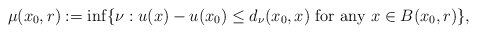
\begin{align*}\mu(x_{0},r):=\inf\{\nu: u(x)-u(x_{0})\le d_{\nu} (x_0,x) \ \mbox{for any} \ x\in B(x_{0},r)\},\end{align*}